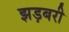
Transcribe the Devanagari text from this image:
झड़बरी